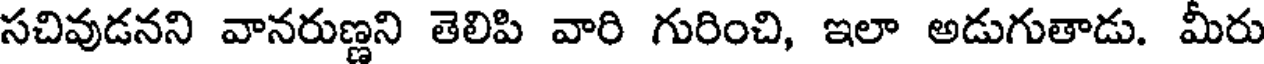
సచివుడనని వానరుణ్ణని తెలిపి వారి గురించి, ఇలా అడుగుతాడు. మీరు